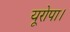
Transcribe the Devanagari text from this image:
यूरोपा।